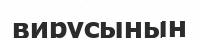
вирусынын